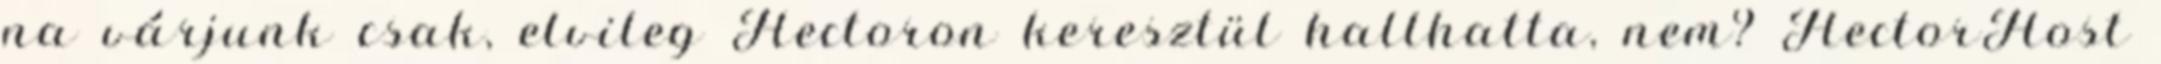
na várjunk csak, elvileg Hectoron keresztül hallhatta, nem? HectorHost